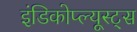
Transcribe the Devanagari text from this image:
इंडिकोप्ल्यूस्ट्स